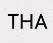
THA